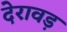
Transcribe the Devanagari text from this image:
देरावड़